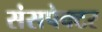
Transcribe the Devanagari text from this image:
संसपेक्टर